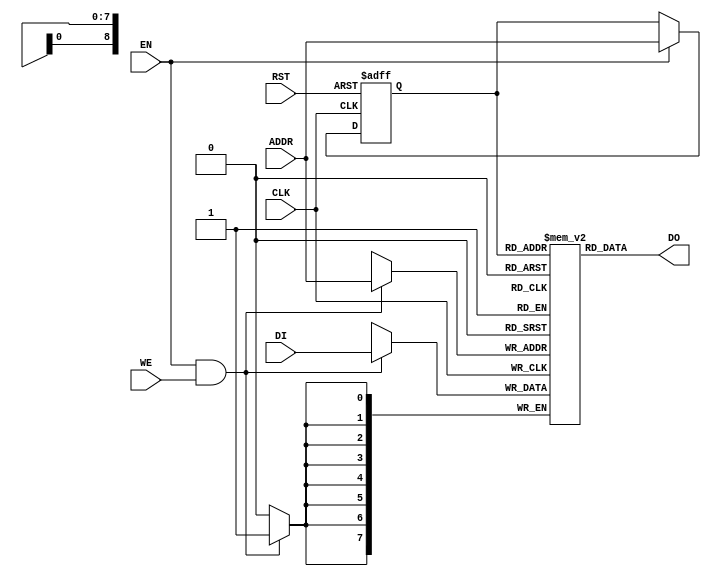
module RAMB4_S8 (
    CLK,
    RST,
    ADDR,
    DI,
    EN,
    WE,
    DO,
);
parameter dw = 8;
parameter aw = 9;
input CLK, RST, EN, WE;
input [dw-1:0] DI;
output [dw-1:0] DO;
input [aw-1:0] ADDR;
reg	[dw-1:0]	mem [(1<<aw)-1:0];	// RAM content
reg	[aw-1:0]	addr_reg;		// RAM address register
// Data output drivers
assign DO = mem[addr_reg][dw-1:0];
// RAM address register
always @(posedge CLK or posedge RST)
    if ( RST == 1'b1 )
        addr_reg <= #1 {aw{1'b0}};
    else if ( EN )
        addr_reg <= #1 ADDR;
// RAM write
always @(posedge CLK)
	if (EN && WE)
		mem[ADDR] <= #1 DI;
endmodule